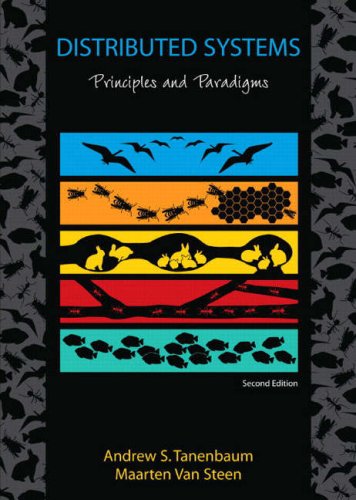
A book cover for Distributed Systems: Principles and Paradigms (2nd Edition); Andrew S. Tanenbaum; Computers & Technology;